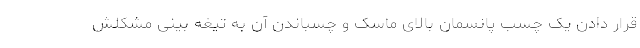
قرار دادن یک چسب پانسمان بالای ماسک و چسباندن آن به تیغه بینی مشکلش